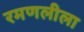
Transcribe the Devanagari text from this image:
रमणलीला